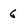
Character: 6